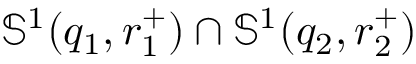
\mathbb { S } ^ { 1 } ( q _ { 1 } , r _ { 1 } ^ { + } ) \cap \mathbb { S } ^ { 1 } ( q _ { 2 } , r _ { 2 } ^ { + } )